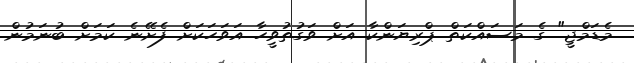
މެޑަމްޖީ" ގެ މަސައްކަތް ޕްރިޔަންކާ އަށް ވަގުތުވީހާ އަވަހަކަށް ފެށޭނެ ކަމަށް ބުނަމުން